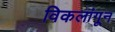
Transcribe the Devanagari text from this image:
विकलांगून